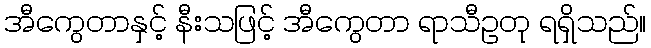
အီကွေတာနှင့် နီးသဖြင့် အီကွေတာ ရာသီဥတု ရရှိသည်။